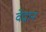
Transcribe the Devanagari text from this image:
वेद्रान